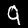
Digit: 9